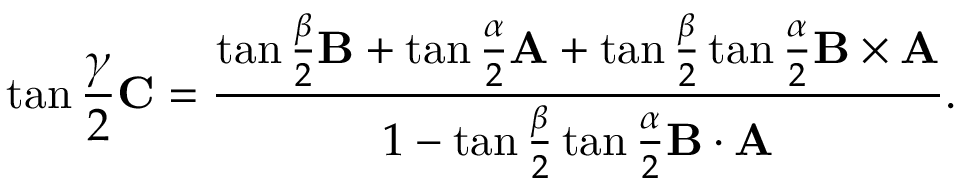
\tan { \frac { \gamma } { 2 } } \mathbf { C } = { \frac { \tan { \frac { \beta } { 2 } } \mathbf { B } + \tan { \frac { \alpha } { 2 } } \mathbf { A } + \tan { \frac { \beta } { 2 } } \tan { \frac { \alpha } { 2 } } \mathbf { B } \times \mathbf { A } } { 1 - \tan { \frac { \beta } { 2 } } \tan { \frac { \alpha } { 2 } } \mathbf { B } \cdot \mathbf { A } } } .